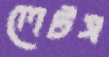
লেটস